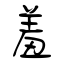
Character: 羞